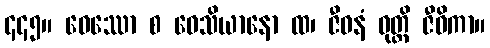
၄၄၅။ ဝေဿော စ ဝေသိယာနော ထ၊ ဇီဝနံ ဝုတ္တိ ဇီဝိကာ။